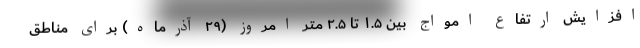
افزایش ارتفاع امواج بین ۱.۵ تا ۲.۵ متر امروز (۲۹ آذرماه) برای مناطق